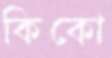
কিকো